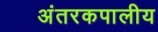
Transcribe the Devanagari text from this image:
अंतरकपालीय